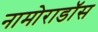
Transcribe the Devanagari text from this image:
नामोराडॉस